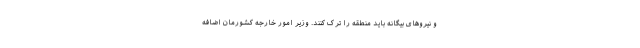
و نیروهای بیگانه باید منطقه را ترک کنند. وزیر امور خارجه کشورمان اضافه